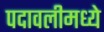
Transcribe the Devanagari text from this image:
पदावलीमध्ये